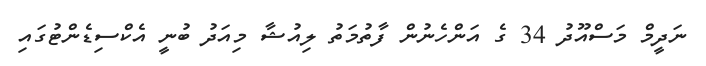
ނަދީމް މަސްއޫދު 34 ގެ އަންހެނުން ފާތުމަތު ލިއުޝާ މިއަދު ބުނީ އެކްސިޑެންޓުގައި